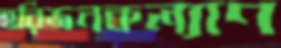
হরিজনকল্যাণ